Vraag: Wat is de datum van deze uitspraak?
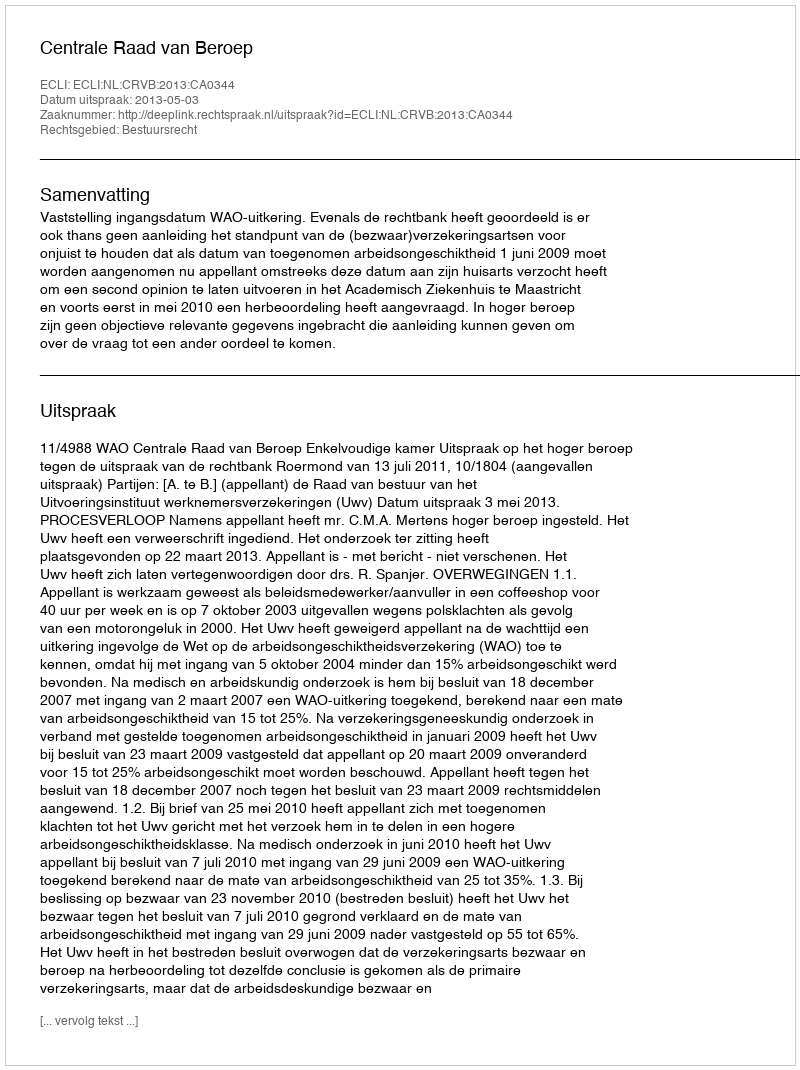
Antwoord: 2013-05-03